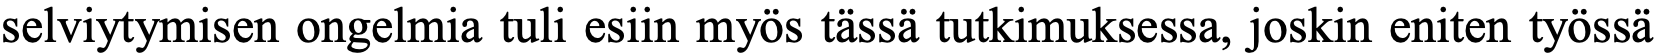
selviytymisen ongelmia tuli esiin myös tässä tutkimuksessa, joskin eniten työssä